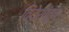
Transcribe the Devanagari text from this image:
विदेशांतून